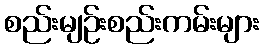
စည်းမျဉ်းစည်းကမ်းများ